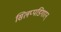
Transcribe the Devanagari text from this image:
सिलप्पडिगारन्